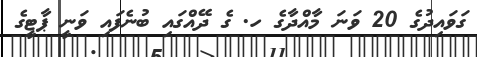
ގަވައިދުގެ 20 ވަނަ މާއްދާގެ ހ. ގެ ދޭއްގައި ބުނެފައި ވަނީ ޕާޓީގެ